Report on vaccination in Madras 1895-1903 - 1895-1903
Year: 1895
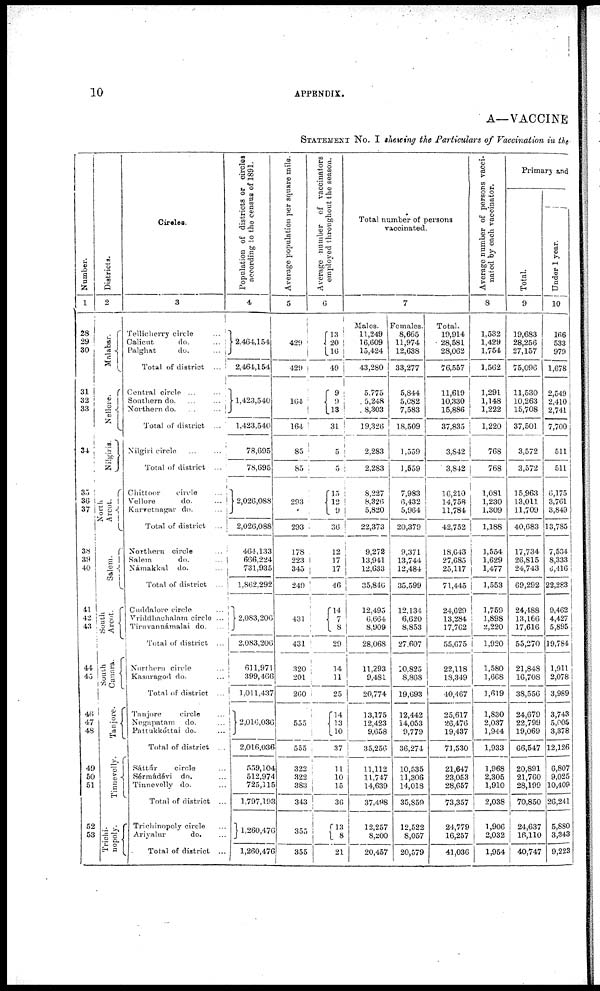
10
APPENDIX.
A—VACCINE
STATEMENT No. I showing the Particulars of Vaccination in the
Number.
1
28
29
30
31
32
33
34
35
36
37
38
39
40
41
42
43
44
45
46
47
48
49
50
51
52
53
Districts.
2
Malabar.
Nellore.
Nilgiris.
North
Arcot.
Salem.
South
Arcot.
South
Canara.
Tanjore.
Tinnevelly.
Trichi-
nopoly.
Circles.
3
Tellicherry circle
...
Calicut
do.
...
Palghat
do.
...
Total of district ...
Central circle ... ...
Southern do. ... ...
Northern do. ...
...
Total of district ...
Nilgiri circle ... ...
Total of district ...
Chittoor
circle ...
Vellore
do.
...
Karvetnagar do.
...
Total of district ...
Northern circle ...
Salem
do.
...
Námakkal do. ...
Total of district ...
Cuddalore circle ...
Vriddhachalam circle ...
Tiruvannámalai do. ...
Total of district ...
Northern circle ...
Kasaragod do. ...
Total of district ...
Tanjore
circle ...
Negapatam do. ...
Pattukkóttai do. ...
Total of district ...
Sáttúr
circle ...
Sérmádévi do. ...
Tinnevelly do. ...
Total of district ...
Trichinopoly circle ...
Ariyalur
do. ...
Total of district ...
Population of districts or circles
according to the census of 1891.
4
2,464,154
2,464,154
1,423,540
1,423,540
78,695
78,695
2,026,088
2,026,088
464,133
666,224
731,935
1,862,292
2,083,206
2,083,206
611,971
399,466
1,011,437
2,016,036
2,016,036
559,104
512,974
725,115
1,797,193
1,260,476
1,260,476
Average population per square mile.
5
429
429
164
164
85
85
293
293
178
223
345
249
431
431
320
201
260
555
555
322
322
383
343
355
355
Average number of vaccinators
employed throughout the season.
6
13
20
16
49
9
9
13
31
5
5
15
12
9
36
12
17
17
46
14
7
8
29
14
11
25
14
13
10
37
11
10
15
36
13
8
21
Total number of persons
vaccinated.
7
Males.
11,249
16,609
15,424
43,280
5,775
5,248
8,303
19,326
2,283
2,283
8,227
8,326
5,820
22,373
9,272
13,941
12,633
35,846
12,495
6,664
8,909
28,068
11,293
9,481
20,774
13,175
12,423
9,658
35,256
11,112
11,747
14,639
37,498
12 257
8,200
20,457
Females.
8,665
11,974
12,638
33,277
5,844
5,082
7,583
18,509
1,559
1,559
7,983
6,432
5,964
20,379
9,371
13,744
12,484
35,599
12,134
6,620
8,853
27,607
10,825
8,868
19,693
12,442
14,053
9,779
36,274
10,535
11,306
14,018
35,859
12,522
8,057
20,579
Total.
19,914
28,581
28,062
76,557
11,619
10,330
15,886
37,835
3,842
3,842
16,210
14,758
11,784
42,752
18,643
27,685
25,117
71,445
24,629
13,284
17,762
55,675
22,118
18,349
40,467
25,617
26,476
19,437
71,530
21,647
23,053
28,657
73,357
24,779
16,257
41,036
Average number of persons vacci-
nated by each vaccinator.
8
1,532
1,429
1,754
1,562
1,291
1,148
1,222
1,220
768
768
1,081
1,230
1,309
1,188
1,554
1,629
1,477
1,553
1,759
1,898
2,220
1,920
1,580
1,668
1,619
1,830
2,037
1,944
1,933
1,968
2,305
1,910
2,038
1,906
2,032
1,954
Primary and
Total.
9
19,683
28,256
27,157
75,096
11,530
10,263
15,708
37,501
3,572
3,572
15,963
13,011
11,709
40,683
17,734
26,815
24,743
69,292
24,488
13,166
17,616
55,270
21,848
16,708
38,556
24,679
22,799
19,069
66,547
20,891
21,760
28,199
70,850
24,637
16,110
40,747
Under 1 year.
10
166
533
979
1,678
2,549
2,410
2,741
7,700
511
511
6,175
3,761
3,849
13,785
7,534
8,333
6,416
22,283
9,462
4,427
5,895
19,784
1,911
2,078
3,989
3,743
5,005
3,378
12,126
6,807
9,025
10,409
26,241
5,880
3,343
9,223